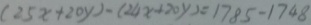
( 2 5 x + 2 0 y ) - ( 2 4 x + 2 0 y ) = 1 7 8 5 - 1 7 4 8